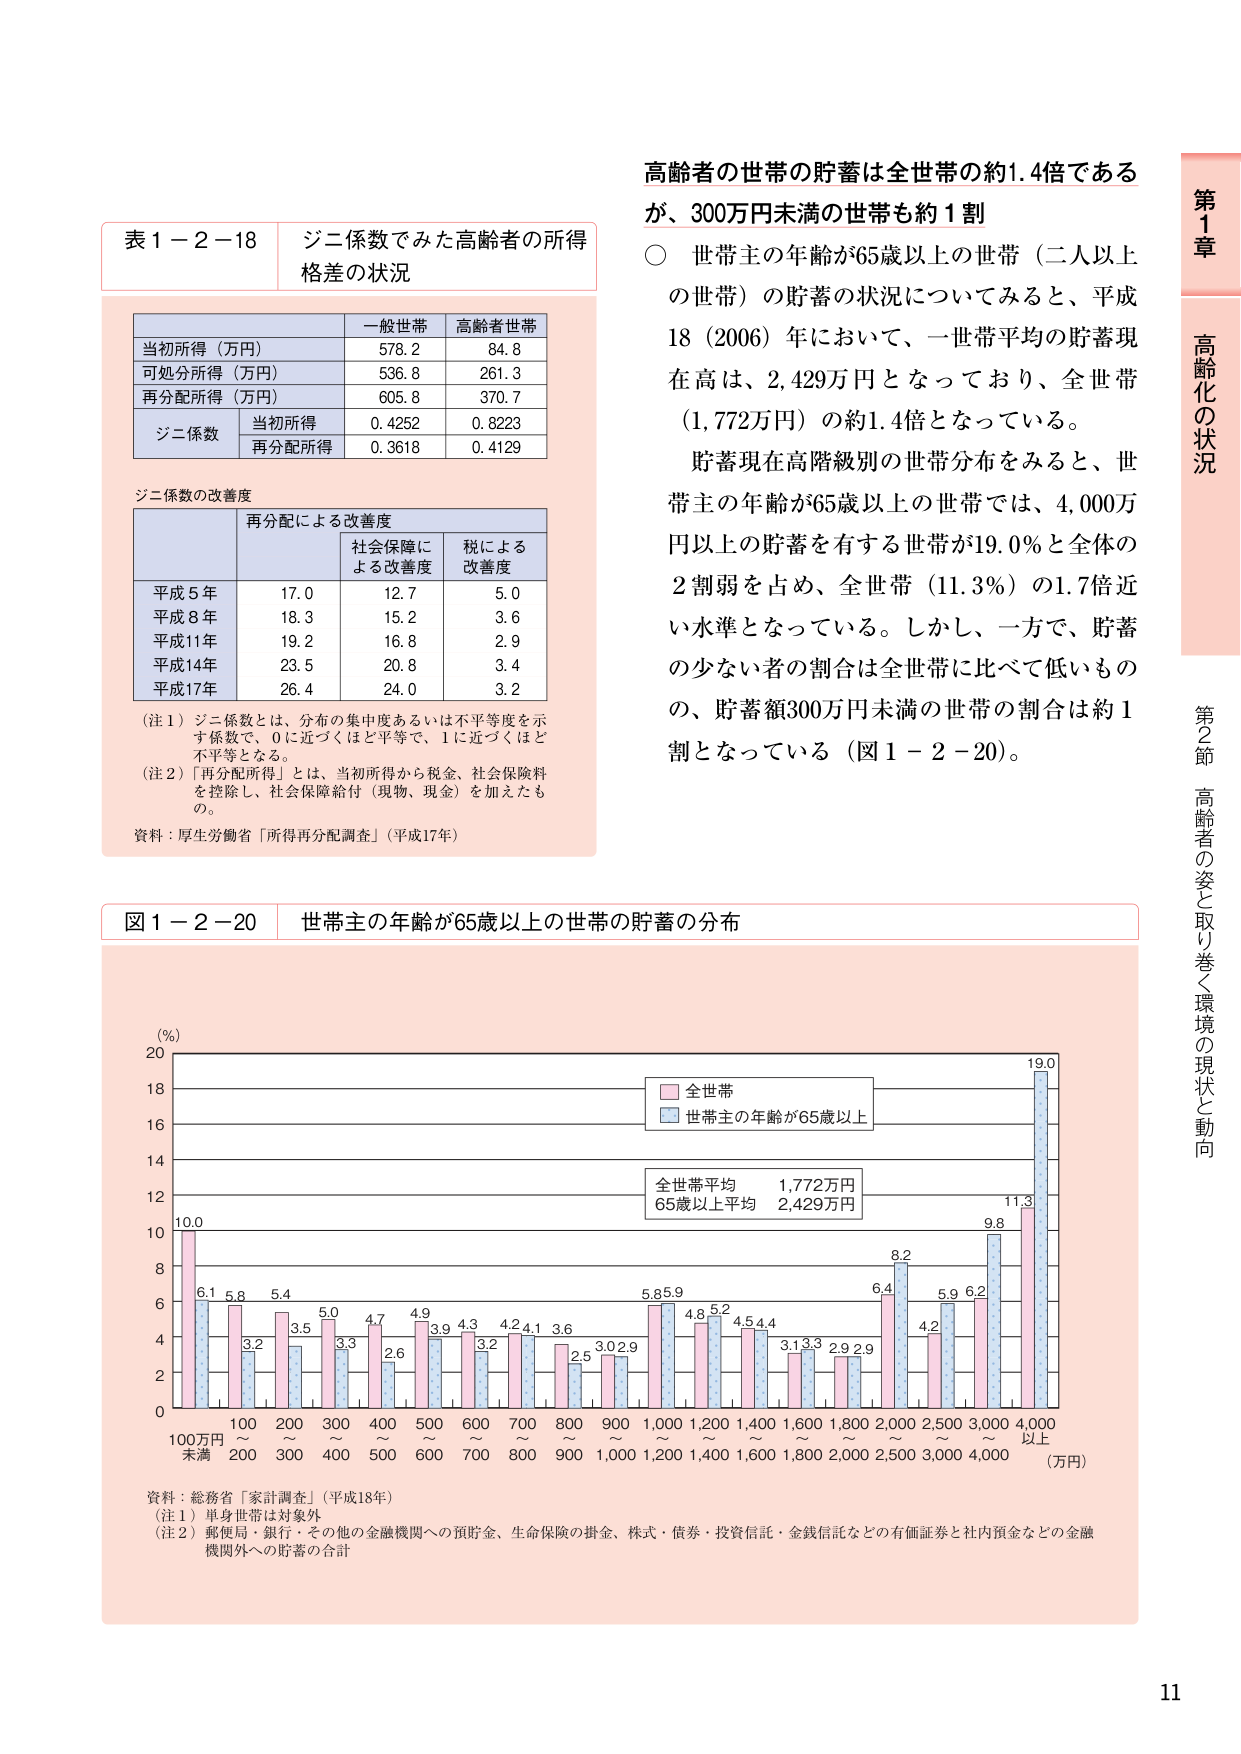
高齢者の世帯の貯蓄は全世帯の約1.4倍であるが、300万円未満の世帯も約1割

○ 世帯主の年齢が65歳以上の世帯（二人以上の世帯）の貯蓄の状況についてみると、平成18（2006）年において、一世帯平均の貯蓄現在高は、2,429万円となっており、全世帯（1,772万円）の約1.4倍となっている。

貯蓄現在高階級別の世帯分布をみると、世帯主の年齢が65歳以上の世帯では、4,000万円以上の貯蓄を有する世帯が19.0％と全体の2割弱を占め、全世帯（11.3％）の1.7倍近い水準となっている。しかし、一方で、貯蓄の少ない者の割合は全世帯に比べて低いものの、貯蓄額300万円未満の世帯の割合は約1割となっている（図1－2－20）。

表1－2－18 ジニ係数でみた高齢者の所得格差の状況

一般世帯 高齢者世帯
当初所得（万円） 578.2 84.8
可処分所得（万円） 536.8 261.3
再分配所得（万円） 605.8 370.7
ジニ係数 当初所得 0.4252 0.8223
再分配所得 0.3618 0.4129

ジニ係数の改善度

再分配による改善度
社会保障による改善度 税による改善度
平成5年 17.0 12.7 5.0
平成8年 18.3 15.2 3.6
平成11年 19.2 16.8 2.9
平成14年 23.5 20.8 3.4
平成17年 26.4 24.0 3.2

（注1）ジニ係数とは、分布の集中度あるいは不平等度を示す係数で、0に近づくほど平等で、1に近づくほど不平等となる。
（注2）「再分配所得」とは、当初所得から税金、社会保険料を控除し、社会保障給付（現物・現金）を加えたもの。

資料：厚生労働省「所得再分配調査」（平成17年）

図1－2－20 世帯主の年齢が65歳以上の世帯の貯蓄の分布

（％）
20
18
16
14
12
10
8
6
4
2
0

全世帯
世帯主の年齢が65歳以上

全世帯平均 1,772万円
65歳以上平均 2,429万円

100万円 100 200 300 400 500 600 700 800 900 1,000 1,200 1,400 1,600 1,800 2,000 2,500 3,000 4,000
未満 200 300 400 500 600 700 800 900 1,000 1,200 1,400 1,600 1,800 2,000 2,500 3,000 4,000 以上
（万円）

資料：総務省「家計調査」（平成18年）
（注1）単身世帯は対象外
（注2）郵便局・銀行・その他の金融機関への預貯金、生命保険の掛金、株式・債券・投資信託・金銭信託などの有価証券と社内預金などの金融機関外への貯蓄の合計

第1章 高齢化の状況
第2節 高齢者の姿と取り巻く環境の現状と動向

11